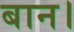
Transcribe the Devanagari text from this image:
बान।